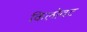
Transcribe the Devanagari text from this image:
किलोवट